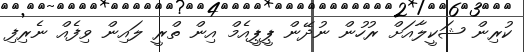
ކުރިން ޝަކީލާއަށް ރުހުން ނުދޭން ޕީޕީއެމް އިން ތްރީ ލައިން ވިފެއް ނެރިފި